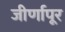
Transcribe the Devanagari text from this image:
जीर्णापूर